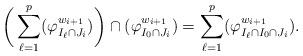
LaTeX: \begin{align*}\bigg(\sum_{\ell=1}^p(\varphi_{I_\ell\cap J_i}^{w_{i+1}})\bigg)\cap(\varphi_{I_0\cap J_i}^{w_{i+1}}) = \sum_{\ell=1}^p(\varphi_{I_\ell\cap I_0\cap J_i}^{w_{i+1}}).\end{align*}